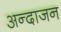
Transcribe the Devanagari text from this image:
अन्दाजन